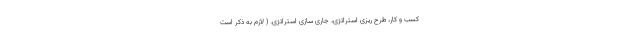
کسب و کار، طرح ریزی استراتژی، جاری سازی استراتژی. ( لازم به ذکر است